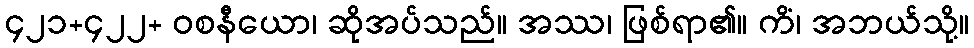
၄၂၁+၄၂၂+ ဝစနီယော၊ ဆိုအပ်သည်။ အဿ၊ ဖြစ်ရာ၏။ ကိံ၊ အဘယ်သို့။